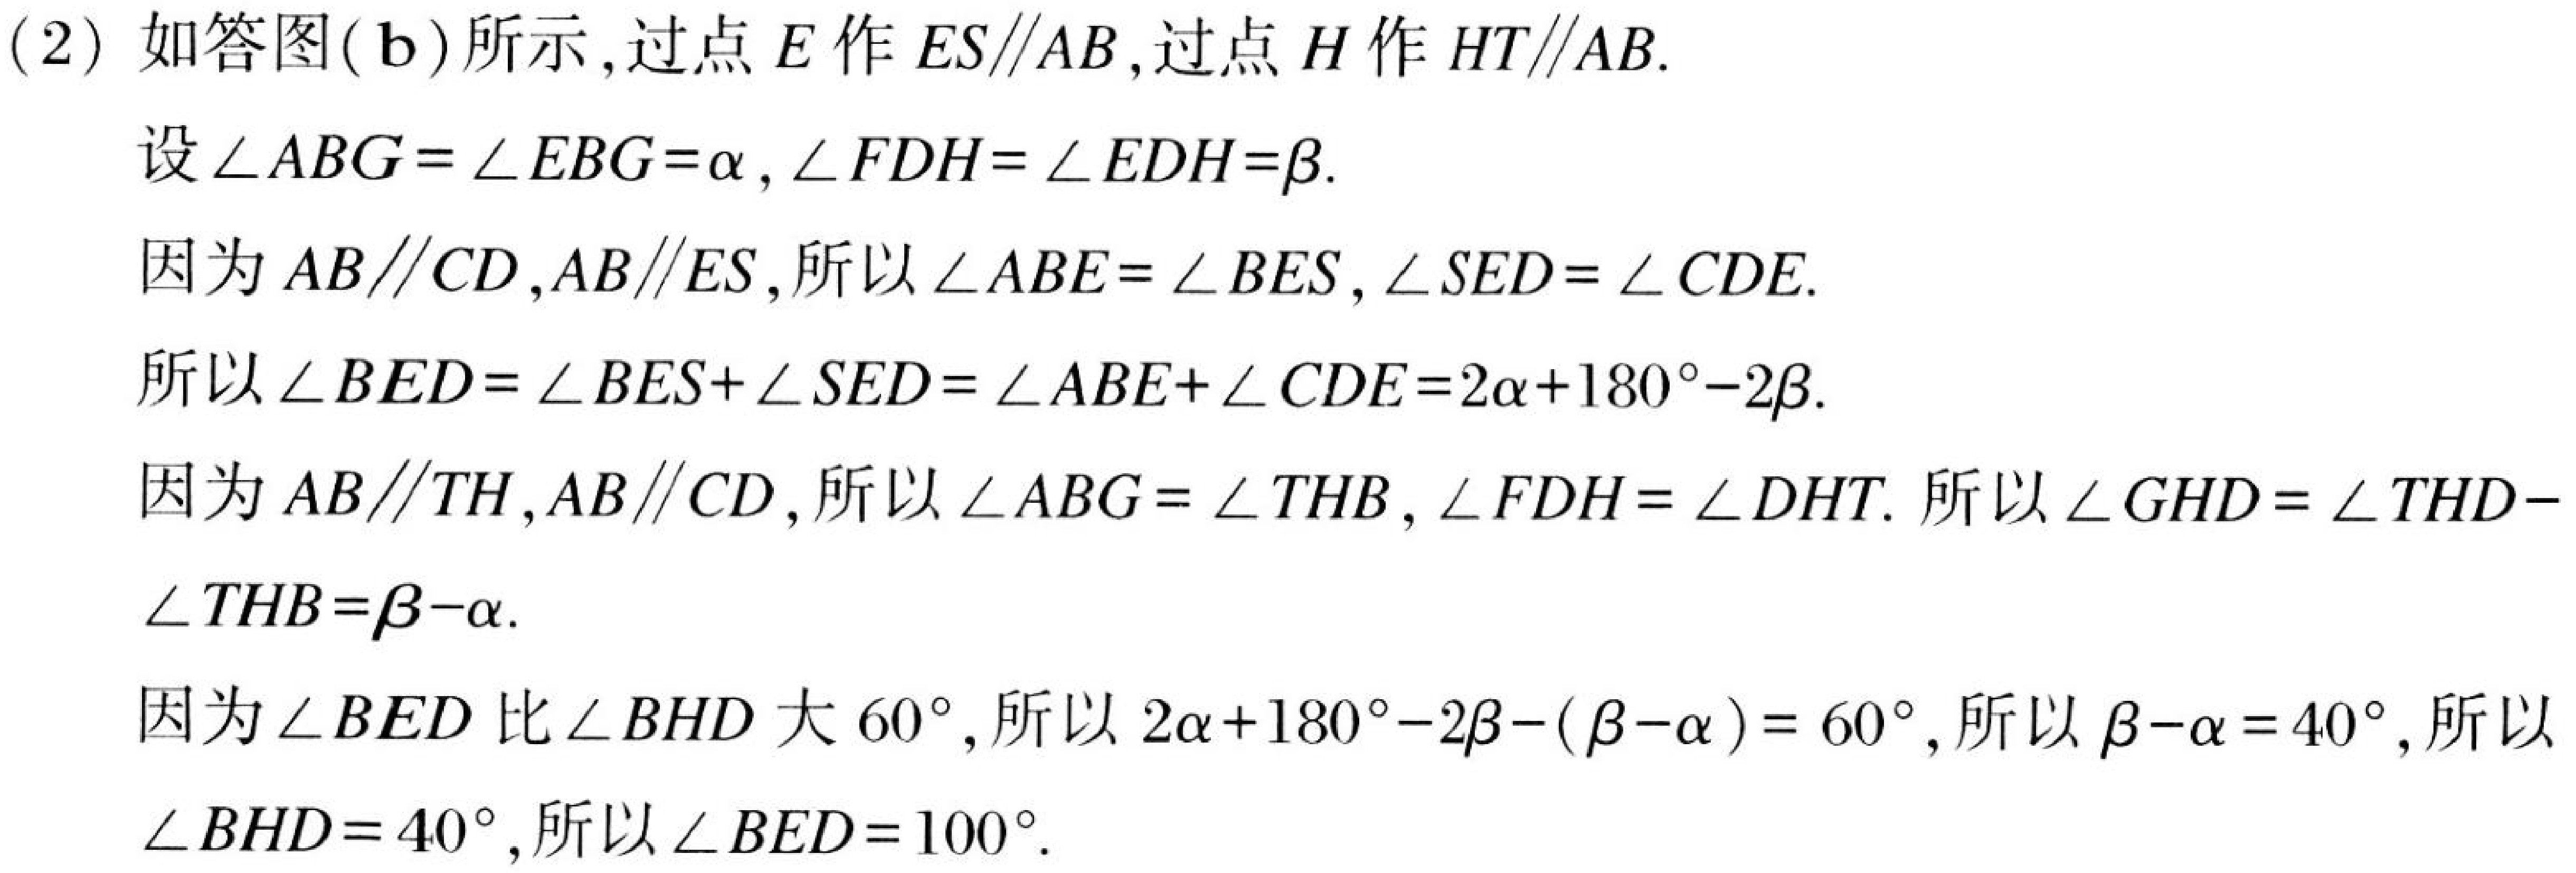
(2) 如答图(b)所示,过点 \(E\) 作 \(ES\parallel AB\),过点 \(H\) 作 \(HT\parallel AB\).
设 \(\angle ABG=\angle EBG = \alpha\), \(\angle FDH=\angle EDH=\beta\).
因为 \(AB\parallel CD\), \(AB\parallel ES\),所以 \(\angle ABE=\angle BES\), \(\angle SED=\angle CDE\).
所以 \(\angle BED=\angle BES+\angle SED=\angle ABE+\angle CDE=2\alpha + 180^{\circ}-2\beta\).
因为 \(AB\parallel TH\), \(AB\parallel CD\),所以 \(\angle ABG=\angle THB\), \(\angle FDH=\angle DHT\). 所以 \(\angle GHD=\angle THD - \angle THB=\beta-\alpha\).
因为 \(\angle BED\) 比 \(\angle BHD\) 大 \(60^{\circ}\),所以 \(2\alpha + 180^{\circ}-2\beta-(\beta - \alpha)=60^{\circ}\),所以 \(\beta-\alpha = 40^{\circ}\),所以 \(\angle BHD = 40^{\circ}\),所以 \(\angle BED = 100^{\circ}\).